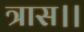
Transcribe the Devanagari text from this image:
त्रास।।